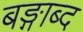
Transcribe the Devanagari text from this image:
बङ्गाब्द